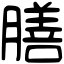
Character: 膳